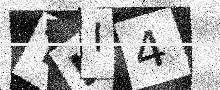
Text: TII4